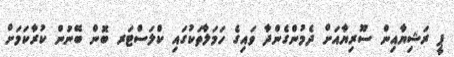
ޕީ ރަޝިޔާއިން ސޫރިޔާއަށް ދެމުންގެންދާ ވައިގެ ހަމަލާތަކުގައި ކްލަސްޓަރ ބޮން ބޭނުން ކުރާކަމަށް